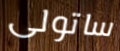
ساتولى